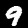
Digit: 9